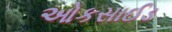
ઓકસાઈડ